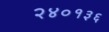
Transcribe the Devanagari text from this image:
२४०१३६